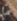
ما